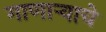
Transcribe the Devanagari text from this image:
गाणार्‍याचे